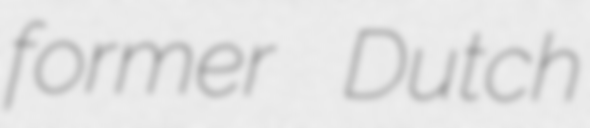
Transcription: former Dutch